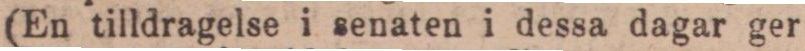
(En tilldragelse i senaten i dessa dagar ger